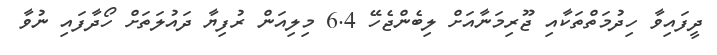
ދީފައިވާ ހިދުމަތްތަކާއި ޖޫރިމަނާއަށް ލިބެންޖެހޭ 6.4 މިލިއަން ރުފިޔާ ދައުލަތަށް ހޯދާފައި ނުވާ